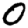
Digit: 0